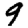
Digit: 9